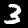
Digit: 3